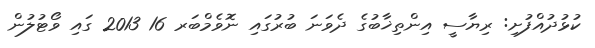
ކުޅުދުއްފުށި: ރިޔާސީ އިންތިޚާބުގެ ދެވަނަ ބުރުގައި ނޮވެމްބަރ 16 2013 ގައި ވޯޓުލުން